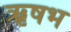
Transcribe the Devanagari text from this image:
ॠषभ